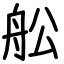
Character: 舩